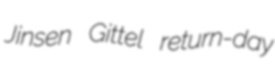
Jinsen Gittel return-day